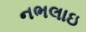
નભલાઇ